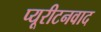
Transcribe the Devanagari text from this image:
प्यूरीटनवाद